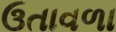
ઉતાવળા